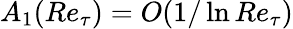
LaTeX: A_{1}(Re_{\tau})=O(1/\ln Re_{\tau})